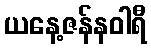
ယနေ့ဇန်နဝါရီ